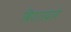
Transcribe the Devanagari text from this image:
विशारदाने